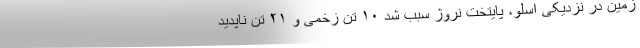
زمین در نزدیکی اُسلو، پایتخت نروژ سبب شد ۱۰ تن زخمی و ۲۱ تن ناپدید